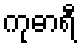
ကုဓာရီ